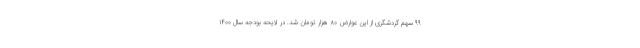
۹۹ سهم گردشگری از این عوارض ۸۰ هزار تومان شد. در لایحه بودجه سال ۱۴۰۰